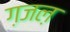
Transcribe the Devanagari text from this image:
ग़जल़